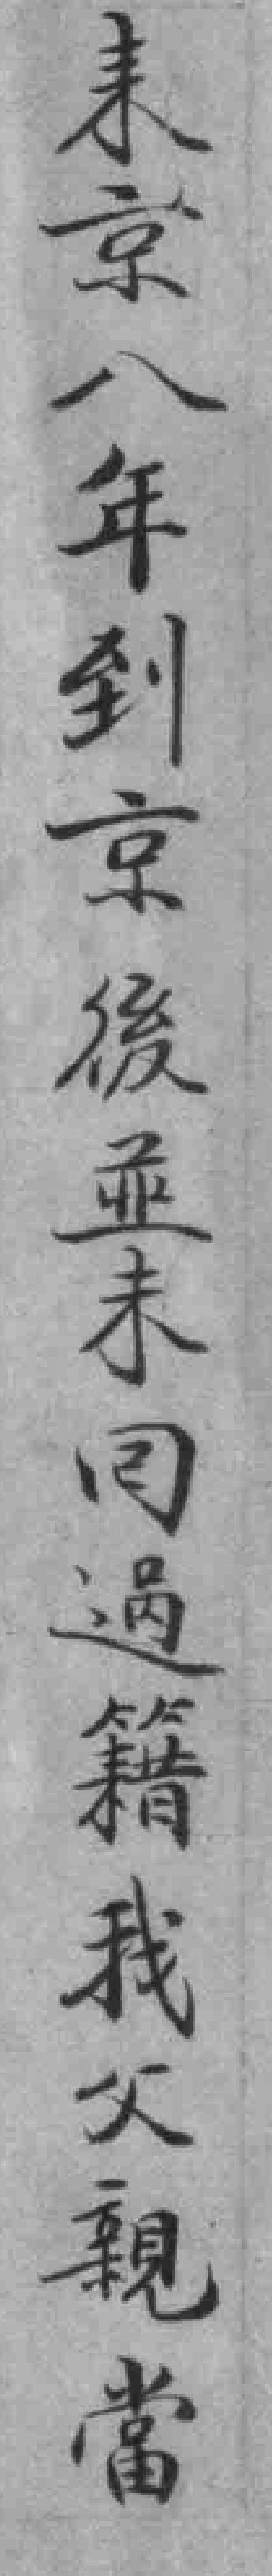
来京八年到京後並未回過籍我父親當